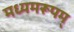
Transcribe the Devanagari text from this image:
मध्यमरूपम्